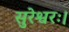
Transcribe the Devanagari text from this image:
सुरेश्वरः।